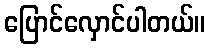
ပြောင်လှောင်ပါတယ်။